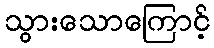
သွားသောကြောင့်